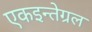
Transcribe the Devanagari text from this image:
एकइन्तेग्रल